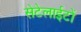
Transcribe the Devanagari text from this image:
सेटेलाईटों